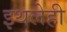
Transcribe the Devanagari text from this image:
इथलेही